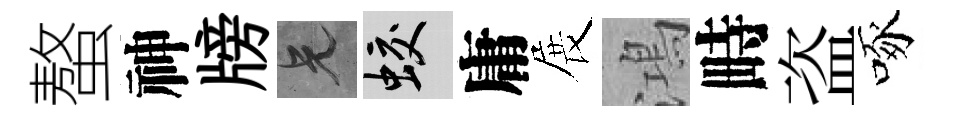
螯神牓兄蛟庸展鴻畤盗啄